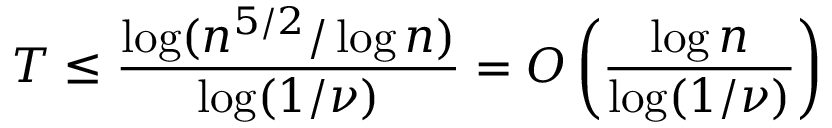
T \le \frac { \log ( n ^ { 5 / 2 } / \log n ) } { \log ( 1 / \nu ) } = O \left( \frac { \log n } { \log ( 1 / \nu ) } \right)